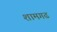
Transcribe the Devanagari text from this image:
शामगढ